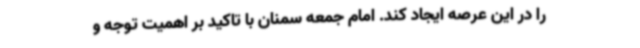
را در این عرصه ایجاد کند. امام جمعه سمنان با تاکید بر اهمیت توجه و